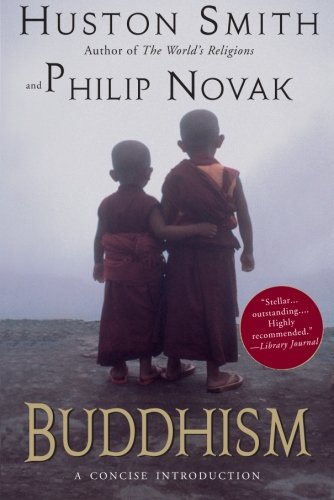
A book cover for Buddhism: A Concise Introduction; Huston Smith; Religion & Spirituality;